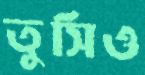
তুসিও